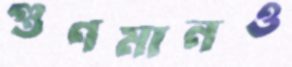
গুণমানও